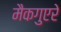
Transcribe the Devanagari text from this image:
मैकगुएरे